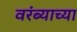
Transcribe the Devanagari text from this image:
वरंब्याच्या